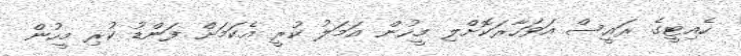
ހެއިޓީގެ ރައީސް އަވަހާރަކޮށްލި މީހުން އަމަލު ކުރީ އެކަމަށް ފަންޑު ކުރި މީހުން